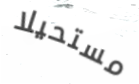
مستحيلا